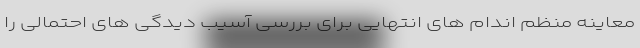
معاینه منظم اندام های انتهایی برای بررسی آسیب دیدگی های احتمالی را